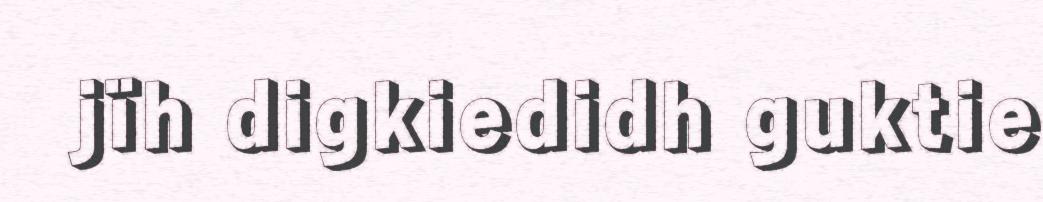
jïh digkiedidh guktie